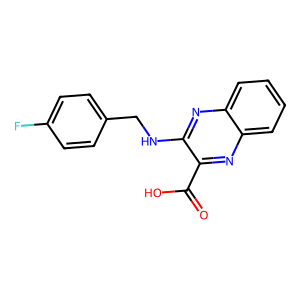
SMILES: O=C(O)c1nc2ccccc2nc1NCc1ccc(F)cc1
Inhibits HIV replication: No